Civil Veterinary Dept. Bombay admin report 1893-99 - 1893-1899
Year: 1893
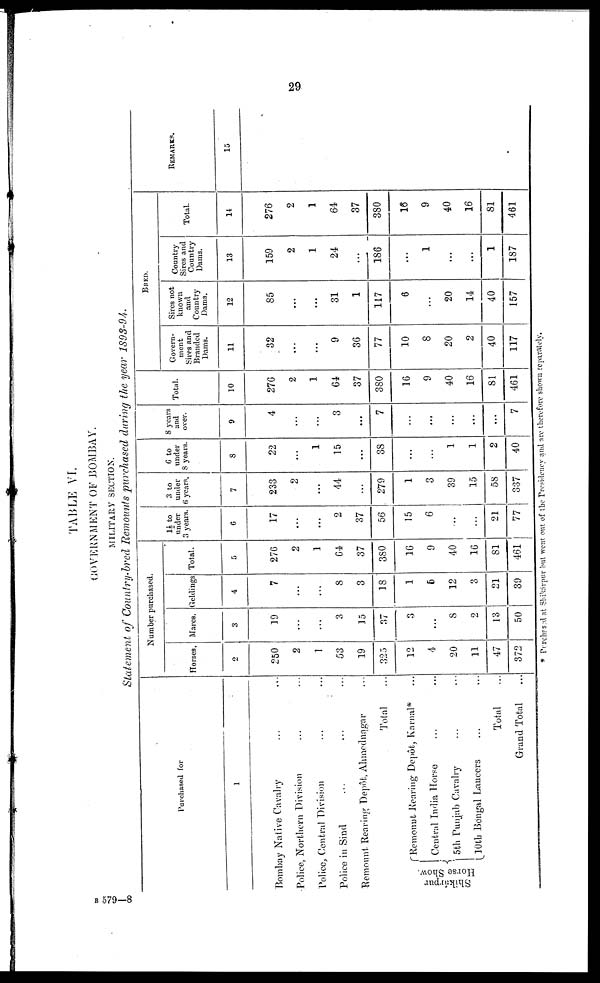
29
TABLE VI.
GOVERNMENT OF BOMBAY.
MILITARY SECTION.
Statement of Country-bred Remounts purchased during the year 1893-94.
Purchased for
1
Bombay Native Cavalry ... ...
Police, Northern Division ... ...
Police, Central Division ... ...
Police in Sind ... ... ...
Remount Rearing Depôt, Ahmednagar ...
Total ...
Shikárpur
Horse Show.
Remount Rearing Depôt, Karnal* ...
Central India Horse ... ...
5th Punjab Cavalry ... ...
10th Bengal Lancers ... ...
Total ...
Grand Total ...
Number purchased.
Horses.
2
250
2
1
53
19
325
12
4
20
11
47
372
Mares.
3
19
...
...
3
15
...
3
...
8
2
13
50
Geldings
4
7
...
...
8
3
18
1
5
12
3
21
39
Total.
5
276
2
1
64
37
380
16
9
40
16
81
461
1½ to
under
3 years.
6
17
...
...
2
37
56
15
6
...
...
21
77
3 to
under
6 years.
7
233
2
...
44
...
279
1
3
39
15
58
337
6 to
under
8 years.
8
22
...
1
15
...
38
...
...
1
1
2
40
8 years
and
over.
9
4
...
...
3
...
7
...
...
...
...
...
7
Total.
10
276
2
1
64
37
380
16
9
40
16
81
461
BRED.
Govern-
ment
Sires and
Branded
Dams.
11
32
...
...
9
36
77
10
8
20
2
40
117
Sires not
known
and
Country
Dams.
12
85
...
...
31
1
117
6
...
20
14
40
157
Country
Sires and
Country
Dams.
13
159
2
1
24
...
186
...
1
...
...
1
187
Total.
14
276
2
1
64
37
380
16
9
40
16
81
461
REMARKS.
15
* Purchased at Shikárpur but went out of the Presidency and are therefore shown separately.
B 579—8